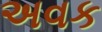
અવક